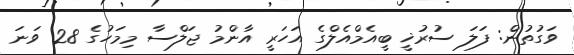
ވަގުތުން: ފަލަ ސުރުޚީ ބީއެމްއެލްގެ އަހަރީ އާންމު ޖަލްސާ މިމަހުގެ 28 ވަނަ